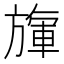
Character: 㫎